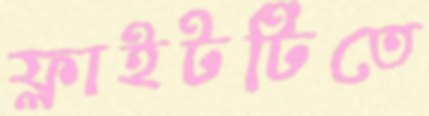
ফ্লাইটটিতে